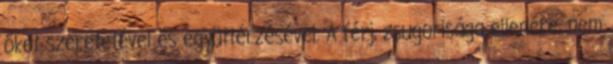
őket szeretetével és együttérzésével. A férj, zsugorisága ellenére, nem